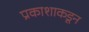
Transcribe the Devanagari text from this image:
प्रकाशाकडून